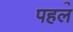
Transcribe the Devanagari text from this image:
पहल॓